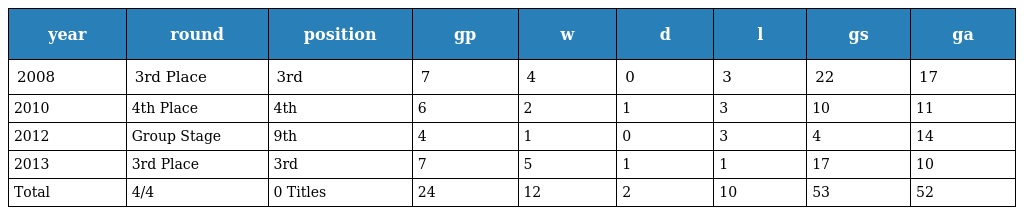
| year | round | position | gp | w | d | l | gs | ga |
 | --- | --- | --- | --- | --- | --- | --- | --- | --- |
 | 2008 | 3rd Place | 3rd | 7 | 4 | 0 | 3 | 22 | 17 |
 | 2010 | 4th Place | 4th | 6 | 2 | 1 | 3 | 10 | 11 |
 | 2012 | Group Stage | 9th | 4 | 1 | 0 | 3 | 4 | 14 |
 | 2013 | 3rd Place | 3rd | 7 | 5 | 1 | 1 | 17 | 10 |
 | Total | 4/4 | 0 Titles | 24 | 12 | 2 | 10 | 53 | 52 |